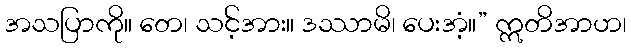
အသပြာကို။ တေ၊ သင့်အား။ ဒဿာမိ၊ ပေးအံ့။” ဣတိအာဟ၊